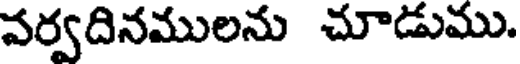
వర్వదినములను చూడుము.